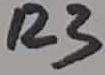
Text: R3